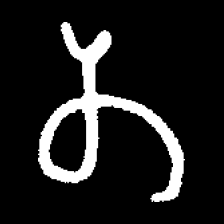
Pyu character \u2014 Myanmar letter: တ (romanized: ta)